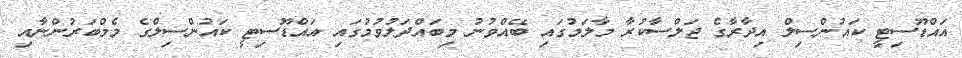
އައްޑޫސިޓީ ކައުންސިލް އިދާރާގެ ޖަލްސާކުރާ މާލަމުގައި ބޭއްވުނު މިބައްދަލުވުމުގައި އައްޑޫސިޓީ ކައުންސިލްގެ މެމްބަރުންނާއި